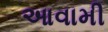
આવામી